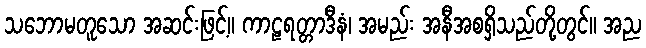
သဘောမတူသော အဆင်းဖြင့်။ ကာဠရတ္တာဒီနံ၊ အမည်း အနီအစရှိသည်တို့တွင်။ အည